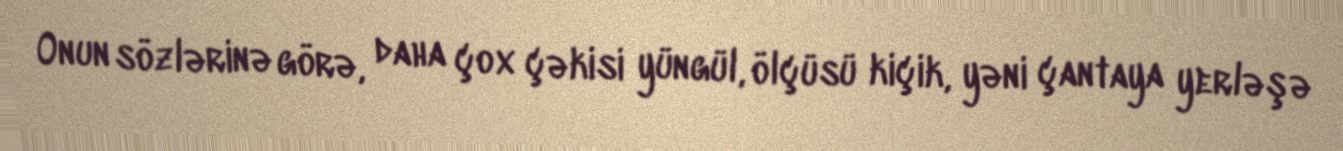
Onun sözlərinə görə, daha çox çəkisi yüngül, ölçüsü kiçik, yəni çantaya yerləşə